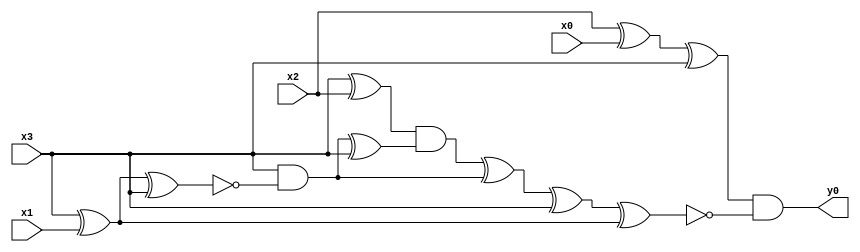
module top( x0 , x1 , x2 , x3 , y0 );
  input x0 , x1 , x2 , x3 ;
  output y0 ;
  wire n5 , n6 , n7 , n8 , n9 , n10 , n11 , n12 , n13 , n14 , n15 , n16 ;
  assign n5 = x2 ^ x0 ;
  assign n6 = n5 ^ x3 ;
  assign n7 = x3 ^ x2 ;
  assign n8 = x3 ^ x1 ;
  assign n9 = n8 ^ x3 ;
  assign n10 = x3 & ~n9 ;
  assign n11 = n10 ^ x3 ;
  assign n12 = n7 & n11 ;
  assign n13 = n12 ^ n10 ;
  assign n14 = n13 ^ x3 ;
  assign n15 = n14 ^ n8 ;
  assign n16 = n6 & ~n15 ;
  assign y0 = n16 ;
endmodule